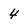
Character: 4